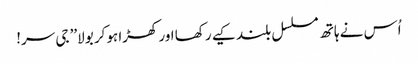
اُس نے ہاتھ مسلسل بلند کیے رکھا اور کھڑا ہوکر بولا’’ جی سر!